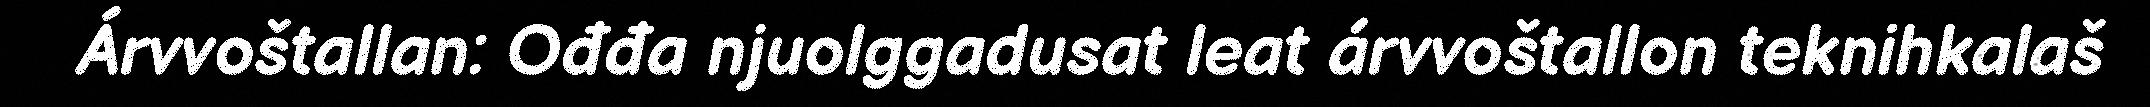
Árvvoštallan: Ođđa njuolggadusat leat árvvoštallon teknihkalaš